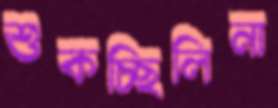
শুকচ্ছিলিনা